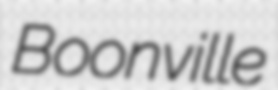
Boonville